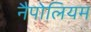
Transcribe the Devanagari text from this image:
नैपोलियम